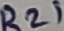
Text: R21